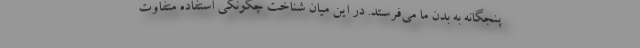
پنجگانه به بدن ما می‌فرستد. در این میان شناخت چگونگی استفاده متفاوت